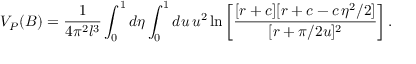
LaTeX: V _ { P } ( B ) = \frac { 1 } { 4 \pi ^ { 2 } l ^ { 3 } } \int _ { 0 } ^ { 1 } d \eta \int _ { 0 } ^ { 1 } d u \, u ^ { 2 } \ln \left[ \frac { [ r + c ] [ r + c - c \, \eta ^ { 2 } / 2 ] } { [ r + \pi / 2 u ] ^ { 2 } } \right] .